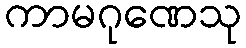
ကာမဂုဏေသု